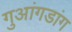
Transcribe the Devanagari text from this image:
गुआंगडांग